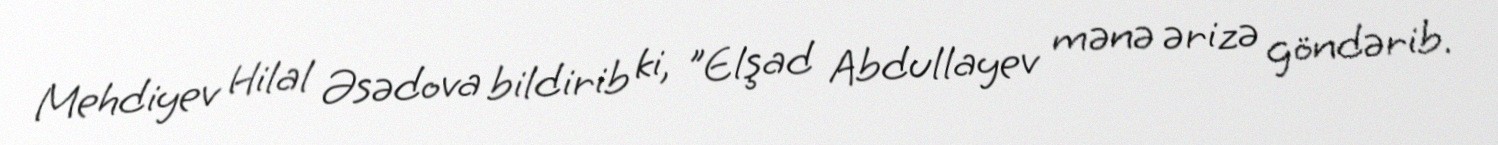
Mehdiyev Hilal Əsədova bildirib ki, "Elşad Abdullayev mənə ərizə göndərib.